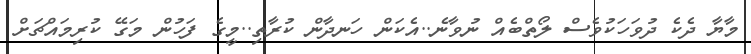
މާޔާ ދެކެ ދުވަހަކުވެސް ލޯތްބެއް ނުވާނެ..އެކަން ހަނދާން ކުރާތި..މީގެ ފަހުން މަގޭ ކުރިމައްޗަށް